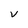
Character: v